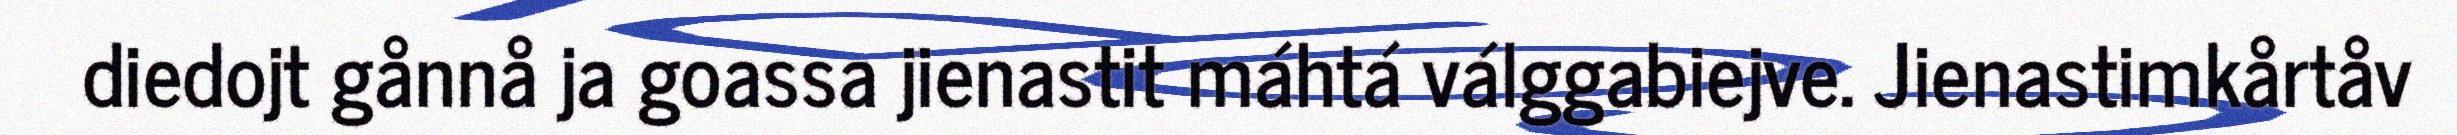
diedojt gånnå ja goassa jienastit máhtá válggabiejve. Jienastimkårtåv